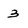
Character: 3